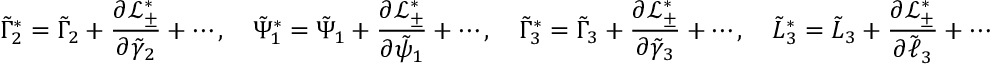
\tilde { \Gamma } _ { 2 } ^ { * } = \tilde { \Gamma } _ { 2 } + \frac { \partial \mathcal { L } _ { \pm } ^ { * } } { \partial \tilde { \gamma } _ { 2 } } + \cdots , \quad \tilde { \Psi } _ { 1 } ^ { * } = \tilde { \Psi } _ { 1 } + \frac { \partial \mathcal { L } _ { \pm } ^ { * } } { \partial \tilde { \psi } _ { 1 } } + \cdots , \quad \tilde { \Gamma } _ { 3 } ^ { * } = \tilde { \Gamma } _ { 3 } + \frac { \partial \mathcal { L } _ { \pm } ^ { * } } { \partial \tilde { \gamma } _ { 3 } } + \cdots , \quad \tilde { L } _ { 3 } ^ { * } = \tilde { L } _ { 3 } + \frac { \partial \mathcal { L } _ { \pm } ^ { * } } { \partial \tilde { \ell } _ { 3 } } + \cdots